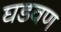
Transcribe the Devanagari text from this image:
घडवण